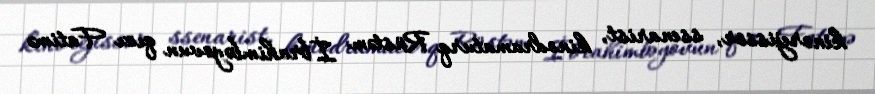
kinorejissor, ssenarist, kinodramaturq Rüstəm İbrahimbəyovun qızı Fatimə